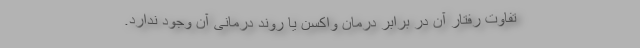
تفاوت رفتار آن در برابر درمان واکسن یا روند درمانی آن وجود ندارد.